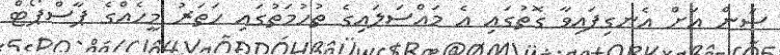
ސަން އަށް އެނގިފައިވާ ގޮތުގައި އެ މައްސަލައިގެ ތުހުމަތުގައި ހަތަރު މީހެއްގެ ޕާސްޕޯޓް